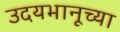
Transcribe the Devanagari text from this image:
उदयभानूच्या